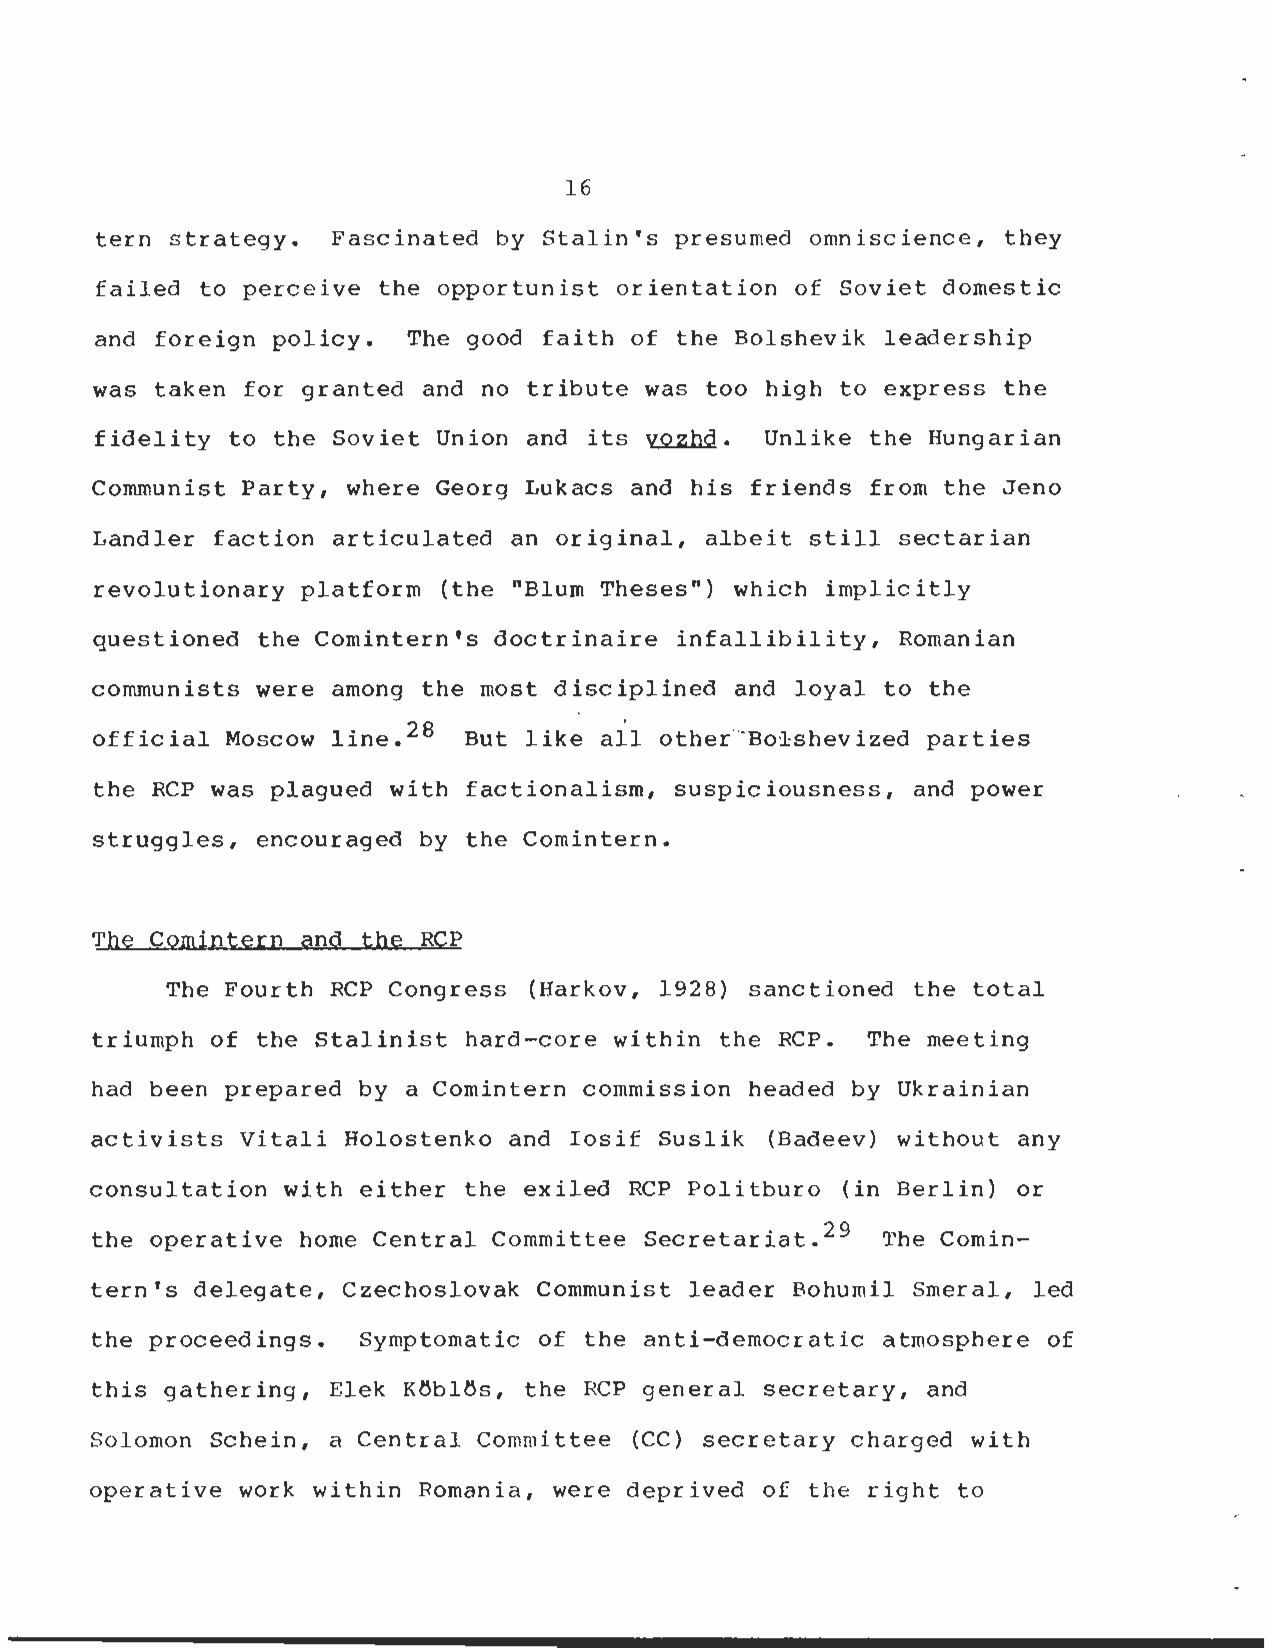
16
 tern strategy . Fascinated by Stalin's presumed omniscience, the y
 failed to perceive the opportunist orientation of Soviet domesti c
 and foreign policy . The good faith of the Bolshevik leadershi p
 was taken for granted and no tribute was too high to express the
 fidelity to the Soviet Union and its vozhd. Unlike the Hungarian
 Communist Party, where Georg Lukacs and his friends from the Jeno
 Landler faction articulated an original, albeit still sectarian
 revolutionary platform (the "Blum Theses") which implicitl y
 questioned the Comintern's doctrinaire infallibility, Romanian
 communists were among the most disciplined and loyal to the
 official Moscow line . 28 But like all other Bolshevized parties
 the RCP was plagued with factionalism, suspiciousness, and powe r
 struggles, encouraged by the Comintern .
 The Comintern and the RCP
 The Fourth RCP Congress (Harkov, 1928) sanctioned the total
 triumph of the Stalinist hard-core within the RCP . The meeting
 had been prepared by a Comintern commission headed by Ukrainian
 activists Vitali Holostenko and Iosif Suslik (Badeev) without any
 consultation with either the exiled RCP Politburo (in Berlin) o r
 the operative home Central Committee Secretariat . 29 The Comin-
 tern's delegate, Czechoslovak Communist leader Bohumil Smeral, led
 the proceedings . Symptomatic of the anti-democratic atmosphere of
 this gathering, Elek Köblös, the RCP general secretary, and
 Solomon Schein, a Central Committee (CC) secretary charged wit h
 operative work within Romania, were deprived of the right to